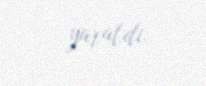
yaratdı.